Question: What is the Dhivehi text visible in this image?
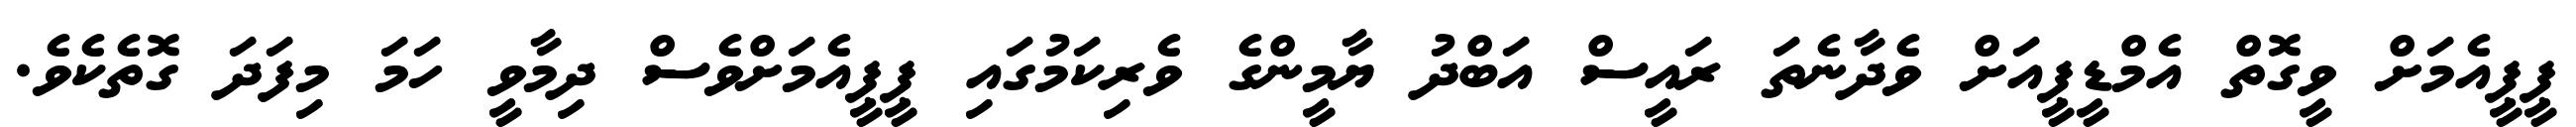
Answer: ޕީޕީއެމަށް ވީގޮތް އެމްޑީޕީއަށް ވެދާނެތަ ރައީސް އަބްދު ޔާމީންގެ ވެރިކަމުގައި ޕީޕީއެމަށްވެސް ދިމާވީ ހަމަ މިފަދަ ގޮތެކެވެ.